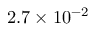
2 . 7 \times 1 0 ^ { - 2 }